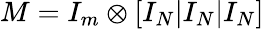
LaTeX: M=I_{m}\otimes[I_{N}|I_{N}|I_{N}]